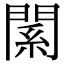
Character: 𨵆